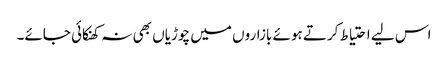
اس لیے احتیاط کرتے ہوئے بازاروں میں چوڑیاں بھی نہ کھنکائی جائے۔